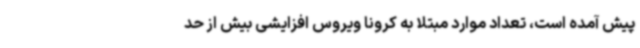
پیش آمده است، تعداد موارد مبتلا به کرونا ویروس افزایشی بیش از حد